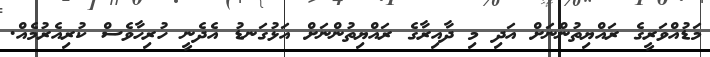
މަޑުއްވަރީގެ ރައްޔިތުންނަށް އަދި މި ދާއިރާގެ ރައްޔިތުންނަށް އަޅުގަނޑު އެދެނީ ހުރިހާވެސް ކުރިއެރުމެއް.